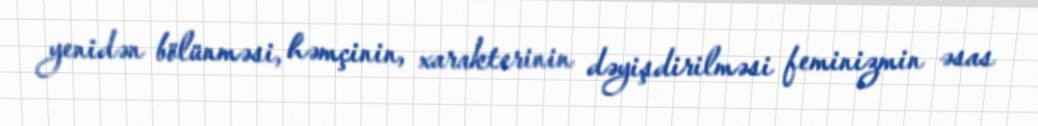
yenidən bölünməsi, həmçinin, xarakterinin dəyişdirilməsi feminizmin əsas